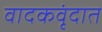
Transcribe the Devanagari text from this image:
वादकवृंदात